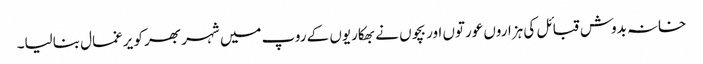
خانہ بدوش قبائل کی ہزاروں عورتوں اور بچوں نے بھکاریوں کے روپ میں شہر بھر کو یرغمال بنالیا۔